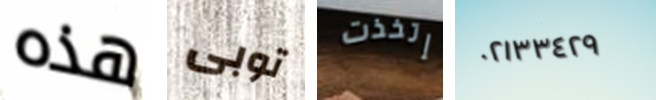
هذه توبى إتخذت ٠٢١٣٣٤٢٩